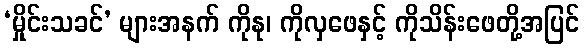
‘မှိုင်းသခင်’ များအနက် ကိုနု၊ ကိုလှဖေနှင့် ကိုသိန်းဖေတို့အပြင်